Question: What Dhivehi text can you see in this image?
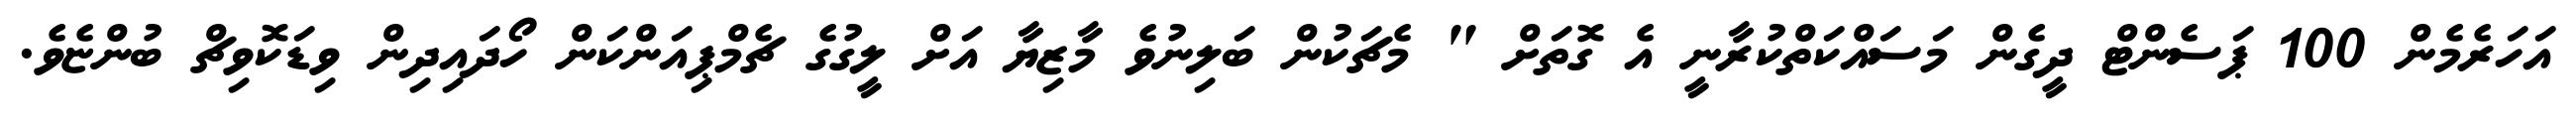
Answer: އަހަރެމެން 100 ޕަސެންޓް ދީގެން މަސައްކަތްކުރާނީ އެ ގޮތަށް " މެޗަކުން ބަލިނުވެ މާޒިޔާ އަށް ލީގުގެ ޗެމްޕިއަންކަން ހޯދައިދިން ވިޑަކޮވިޗް ބުންޏެވެ.